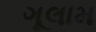
ગૂલામ